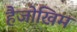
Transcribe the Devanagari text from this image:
हैजोखिम